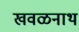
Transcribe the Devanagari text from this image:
खवळनाथ